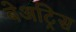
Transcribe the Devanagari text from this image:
बेअट्रिस